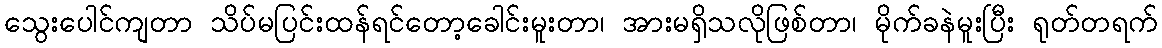
သွေးပေါင်ကျတာ သိပ်မပြင်းထန်ရင်တော့ခေါင်းမူးတာ၊ အားမရှိသလိုဖြစ်တာ၊ မိုက်ခနဲမူးပြီး ရုတ်တရက်